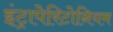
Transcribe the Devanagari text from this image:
इंट्रापेरिटोनियम